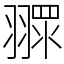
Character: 𦑶